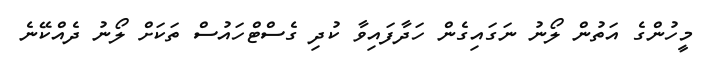
މީހުންގެ އަތުން ލޯނު ނަގައިގެން ހަދާފައިވާ ކުދި ގެސްޓްހައުސް ތަކަށް ލޯނު ދެއްކޭނެ